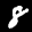
Label: 8